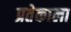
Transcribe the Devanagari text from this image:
प्रतेकाला